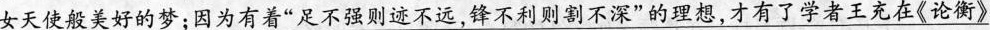
\underline{女天使般美好的梦；因为有着”足不强则迹不远，锋不利则割不深”的理想，才有了学者王充在《论衡》}